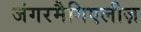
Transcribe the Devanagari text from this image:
जंगरमैगिएलीज़